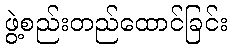
ဖွဲ့စည်းတည်ထောင်ခြင်း